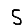
Digit: 5